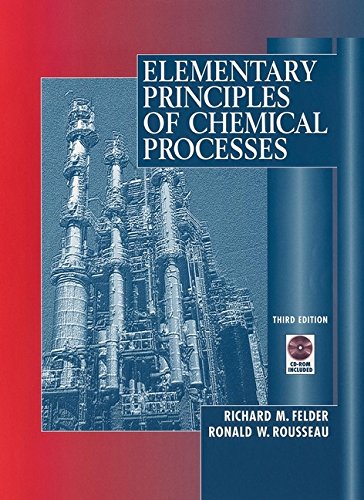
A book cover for Elementary Principles of Chemical Processes; Richard M. Felder; Science & Math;